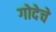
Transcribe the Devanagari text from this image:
गोदेचे